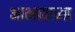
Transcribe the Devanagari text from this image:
आभायाच्या